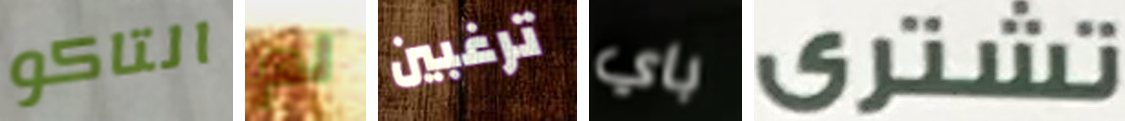
التاكو لم ترغبين باي تشرى